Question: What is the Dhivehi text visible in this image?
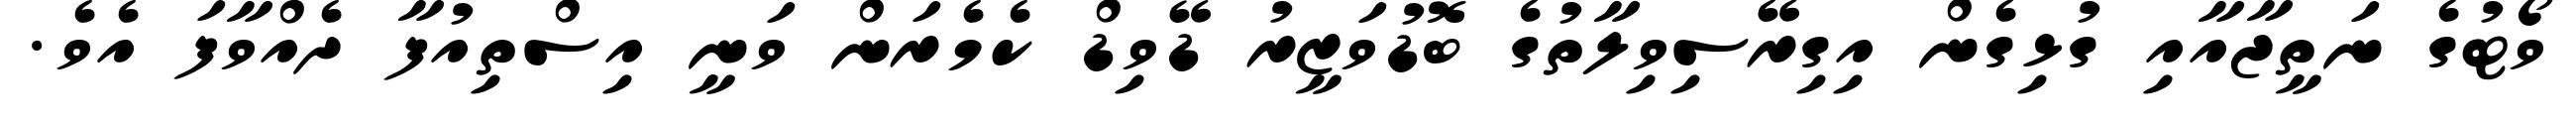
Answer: ވޯޓުގެ ނަތީޖާއާއި ގުޅިގެން އިގިރޭސިވިލާތުގެ ބޮޑުވަޒީރު ޑޭވިޑް ކެމެރަން ވަނީ އިސްތިއުފާ ދެއްވާފަ އެވެ.